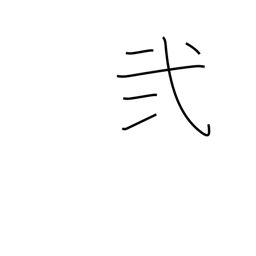
Meaning: II